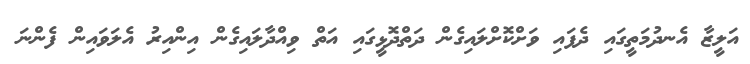
އަލީޒާ އެނދުމަތީގައި ދެފައި ވަށްކޮށްލައިގެން ދަތްދޮޅީގައި އަތް ވިއްދާލައިގެން އިންއިރު އެލަވައިން ފެންނަ